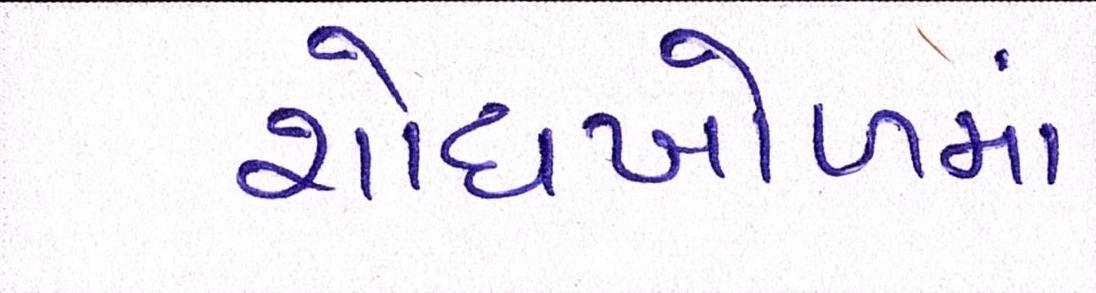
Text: શોધખોળમાં